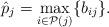
LaTeX: \begin{align*} \hat{p}_{j} = \underset{i\in \mathcal{P}(j)}{\max} \{b_{ij}\}.\end{align*}